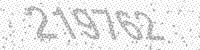
Solution: 219762